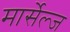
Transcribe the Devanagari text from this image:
मार्सेल्ज